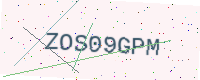
Text: ZOS09GPM